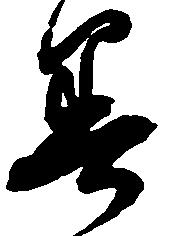
善